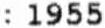
: 1955